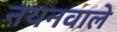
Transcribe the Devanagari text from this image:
नयनवाले